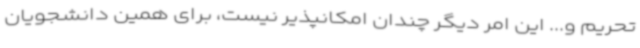
تحریم و... این امر دیگر چندان امکانپذیر نیست، برای همین دانشجویان